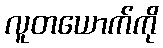
လူတယောက်ကို